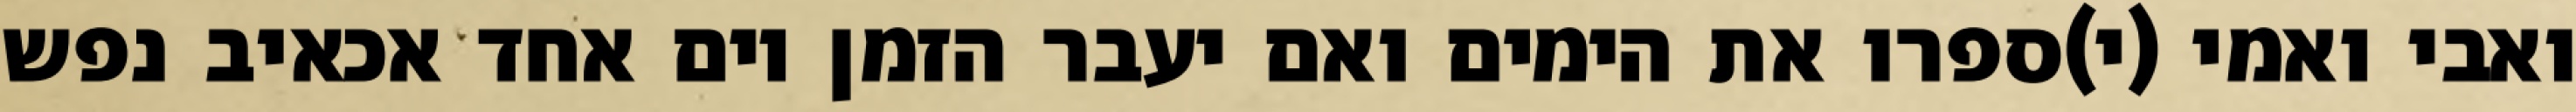
ואבי ואמי (י)ספרו את הימים ואם יעבר הזמן יום אחד אכאיב נפש